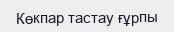
Көкпар тастау ғұрпы